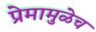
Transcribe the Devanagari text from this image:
प्रेमामुळेच